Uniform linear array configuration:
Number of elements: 24
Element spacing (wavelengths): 0.5
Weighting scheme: binomial
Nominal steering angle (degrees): -60
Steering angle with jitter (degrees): -60.54
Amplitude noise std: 0.05
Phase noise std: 0.05

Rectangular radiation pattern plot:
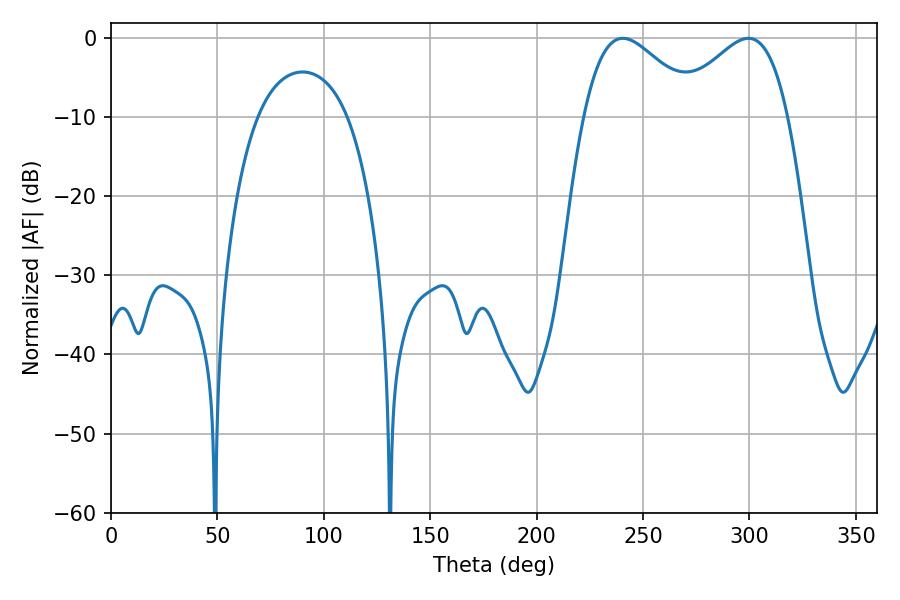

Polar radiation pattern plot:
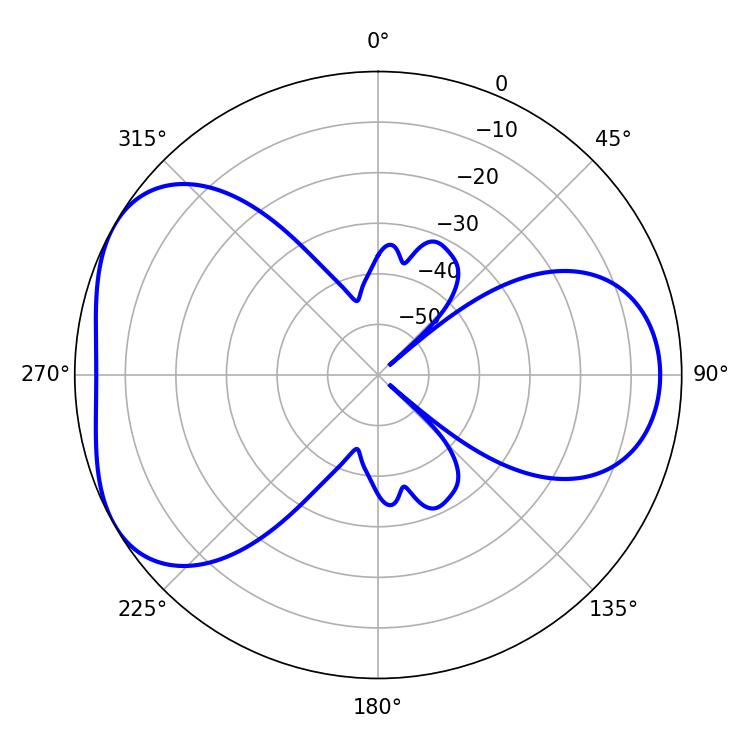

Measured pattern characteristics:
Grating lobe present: FALSE
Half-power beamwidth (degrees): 28.8
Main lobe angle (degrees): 240.48